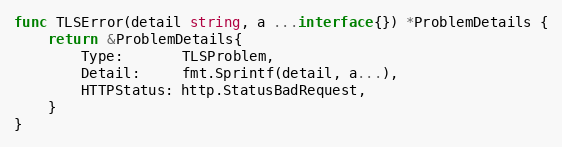
Language: Go
func TLSError(detail string, a ...interface{}) *ProblemDetails {
	return &ProblemDetails{
		Type:       TLSProblem,
		Detail:     fmt.Sprintf(detail, a...),
		HTTPStatus: http.StatusBadRequest,
	}
}